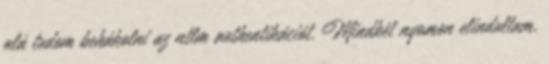
alá tudom behákolni az ntlm authentikációt. Mindkét nyomon elindultam.